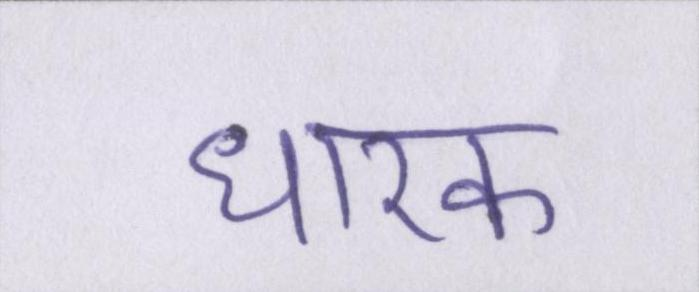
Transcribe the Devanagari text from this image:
धारक